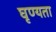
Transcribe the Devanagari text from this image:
घृण्यता